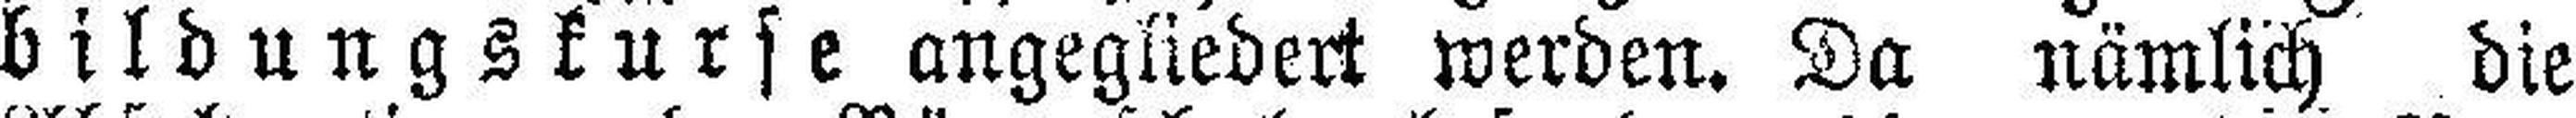
bildungskurse angegliedert werden. Da nämlich die